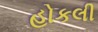
હોકલી